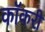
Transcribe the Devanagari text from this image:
कॉकरी